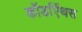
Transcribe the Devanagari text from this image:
कॉर्डाऐंथस